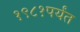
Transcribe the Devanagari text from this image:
१९८१पर्यंत